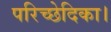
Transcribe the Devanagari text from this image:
परिच्छेदिका।